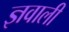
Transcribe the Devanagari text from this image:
ज्ञवाली